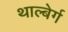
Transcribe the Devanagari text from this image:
थाल्बेर्ग